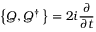
\left\{ Q , Q ^ { \dagger } \, \right\} = 2 i { \frac { \partial } { \partial t } }